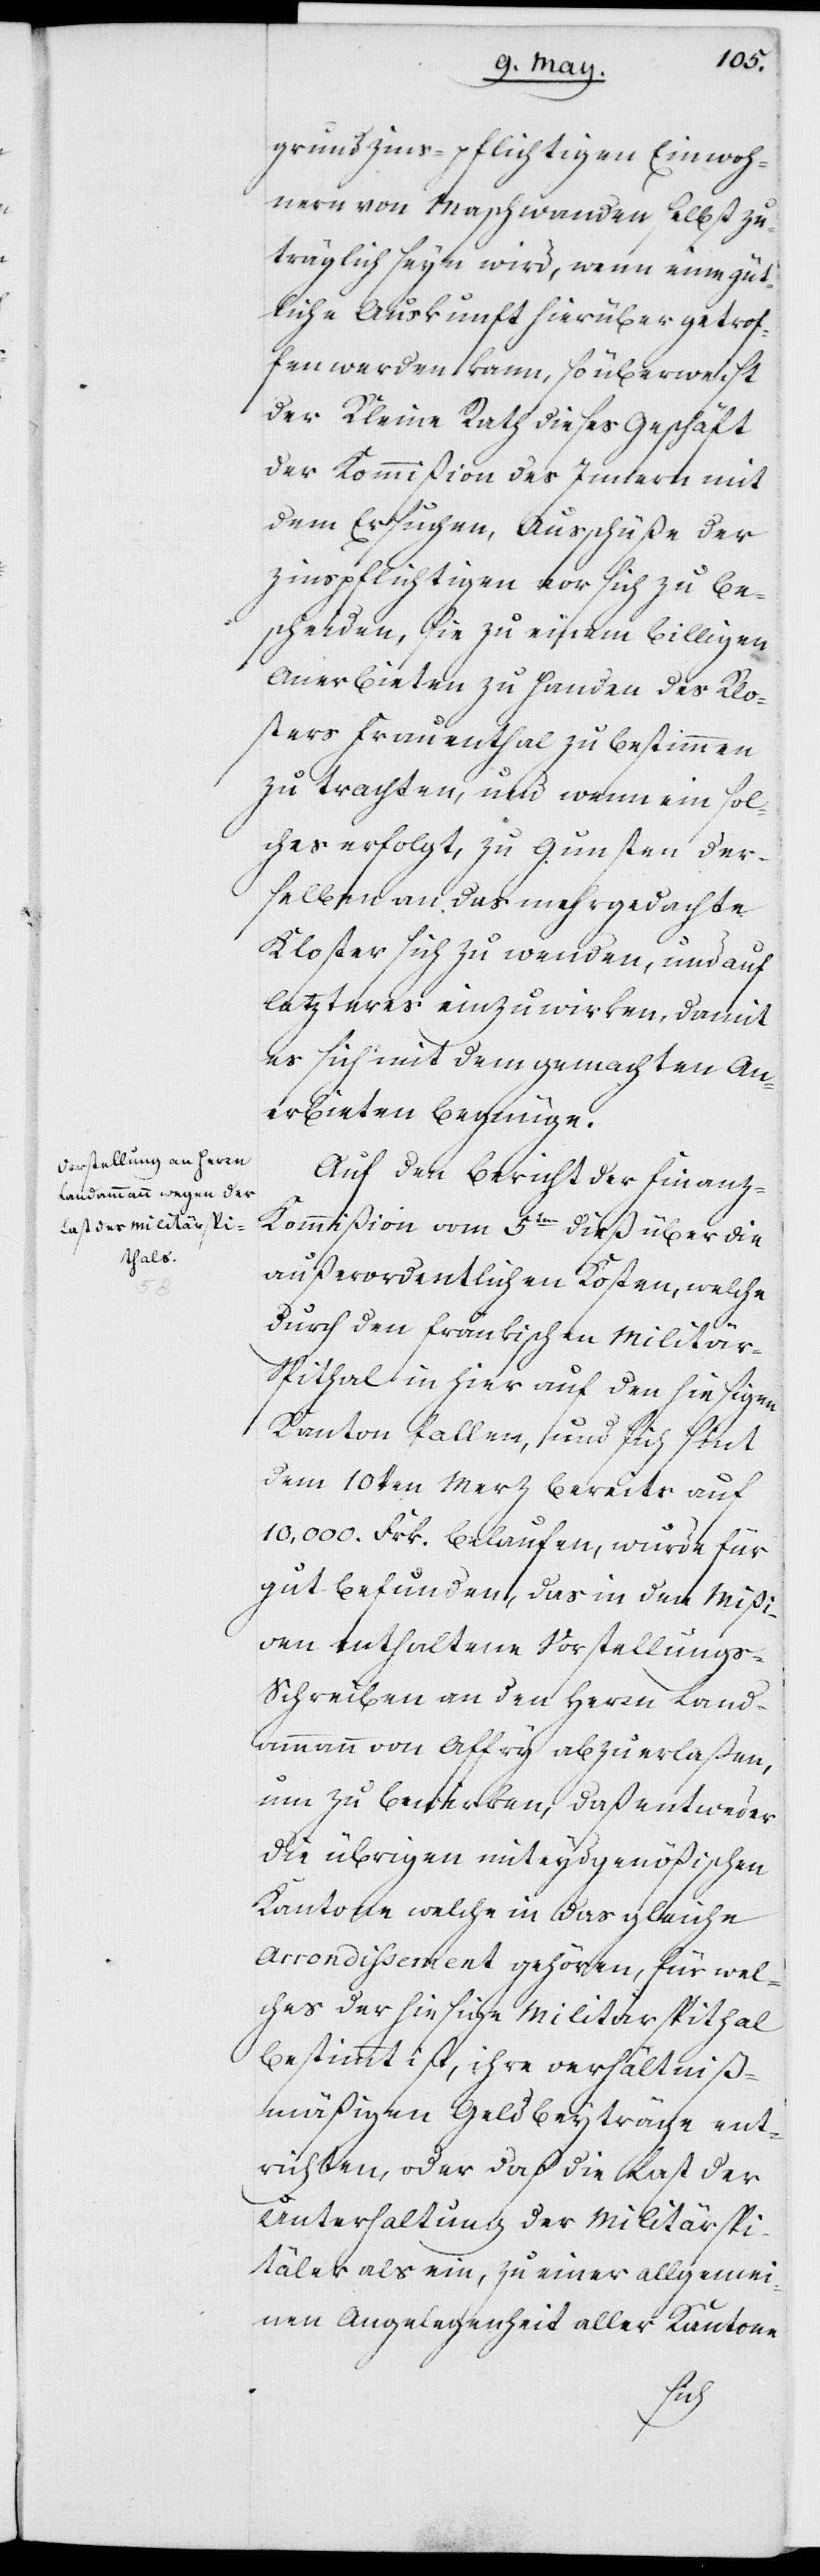
grundzins-pflichtigen Einwoh¬
nern von Maschwanden selbst zu¬
träglich seyn wird, wenn eine güt¬
liche Auskunft hierüber getrof¬
fen werden kann, so überweist
der Kleine Rath dieses Geschäft
der Kommißion des Innern mit
dem Ersuchen, Ausschüße der
Zinspflichtigen vor sich zu be¬
scheiden, sie zu einem billigen
Anerbieten zu Handen des Klo¬
sters Frauenthal zu bestimmen
zu trachten, und wenn ein sol¬
ches erfolgt, zu Gunsten der¬
selben an das mehrgedachte
Kloster sich zu wenden, und auf
letzteres einzuwirken, damit
es sich mit dem gemachten An¬
erbieten begnüge.
Auf den Bericht der Finanz-K¬
ommißion vom 5ten dieß über die
außerordentlichen Kosten, welche
durch den fränkischen Militär-S¬
pithal in hier auf den hiesigen
Kanton fallen, und sich sint
dem 10ten Merz bereits auf
10,000. Frk. belaufen, wurde für
gut befunden, das in den Mißi¬
ven enthaltene Vorstellungs-S¬
chreiben an den Herrn Land¬
ammann von Affry abzuerlaßen,
um zu bewirken, daß entweder
die übrigen miteydgenößischen
Kantone welche in das gleiche
Arrondissement gehören, für wel¬
ches der hiesige Militärspithal
bestimmt ist, ihre verhältnis¬
mäßigen Geldbeyträge ent¬
richten, oder daß die Last der
Unterhaltung der Militärspi¬
täler als ein, zu einer allgemei¬
nen Angelegenheit aller Kantone